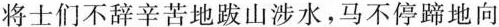
将士们不辞辛苦地跋山涉水，马不停蹄地向